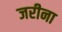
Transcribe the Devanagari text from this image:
जरीना